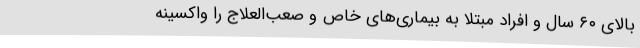
بالای ۶۰ سال و افراد مبتلا به بیماری‌های خاص و صعب‌العلاج را واکسینه